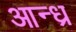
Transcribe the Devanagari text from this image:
आन्‍ध्र